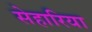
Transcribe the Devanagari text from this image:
सेहारिया